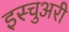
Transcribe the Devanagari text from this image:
इस्चुअरी